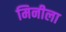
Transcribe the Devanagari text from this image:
मिनीला